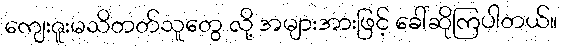
ကျေးဇူးမသိတတ်သူတွေ လို့ အများအားဖြင့် ခေါ်ဆိုကြပါတယ်။